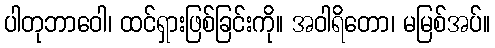
ပါတုဘာဝေါ၊ ထင်ရှားဖြစ်ခြင်းကို။ အဝါရိတော၊ မမြစ်အပ်။